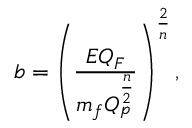
b = \left( { \frac { E Q _ { F } } { m _ { f } Q _ { p } ^ { \frac { n } { 2 } } } } \right) ^ { \frac { 2 } { n } } ,